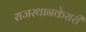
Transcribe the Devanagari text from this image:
राजस्थानकेसरी